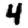
Digit: 4